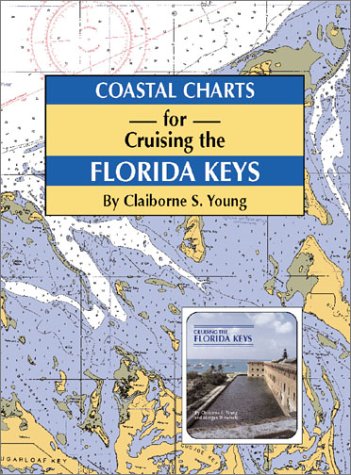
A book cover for Coastal Charts for Cruising the Florida Keys; Travel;